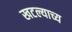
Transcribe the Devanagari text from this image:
खटल्याच्य